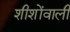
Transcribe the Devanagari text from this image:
शीशोंवाली